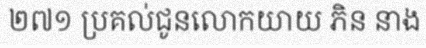
២៧១ ប្រគល់ជូនលោកយាយ ភិន នាង